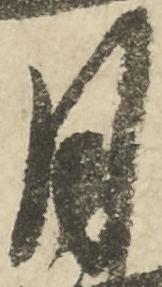
月